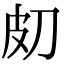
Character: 𤿇